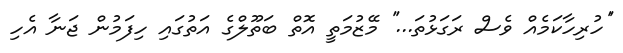
''ހުރިހާކަމެއް ވެސް ރަގަޅުތަ...'' މޭޒުމަތީ އޮތް ބަތޫލްގެ އަތުގައި ހިފަމުން ޖަނާ އެހި